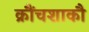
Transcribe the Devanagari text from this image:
क्रौंचशाकौ